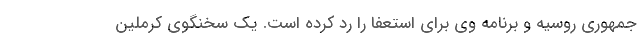
جمهوری روسیه و برنامه وی برای استعفا را رد کرده است. یک سخنگوی کرملین